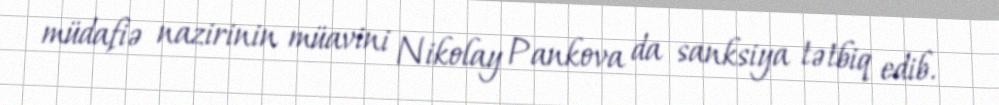
müdafiə nazirinin müavini Nikolay Pankova da sanksiya tətbiq edib.